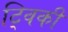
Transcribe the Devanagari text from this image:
ट्विकी